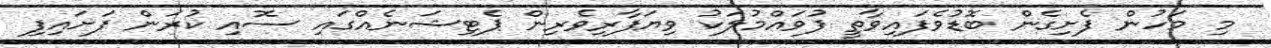
މި މަހުން ފެށިގެން ބޮޑުވެފައިވާތީ ފުވައްމުލަކު ވިޔަފާރިވެރިން ޕެޓިޝަނެއްގައި ސޮއި ކުރަން ފަށައިފި